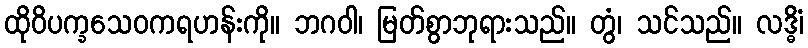
ထိုဝိပက္ခသေဝကရဟန်းကို။ ဘဂဝါ၊ မြတ်စွာဘုရားသည်။ တွံ၊ သင်သည်။ လဒ္ဓိံ၊